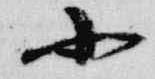
小